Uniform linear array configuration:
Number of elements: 48
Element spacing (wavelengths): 0.25
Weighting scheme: blackman
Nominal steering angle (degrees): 15
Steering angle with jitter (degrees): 15.582
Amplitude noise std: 0.05
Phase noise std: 0.05

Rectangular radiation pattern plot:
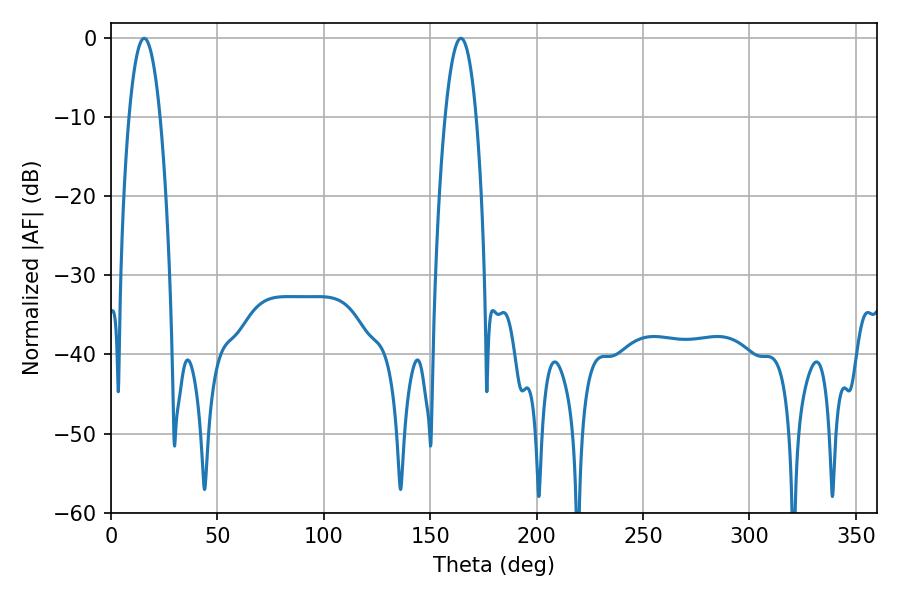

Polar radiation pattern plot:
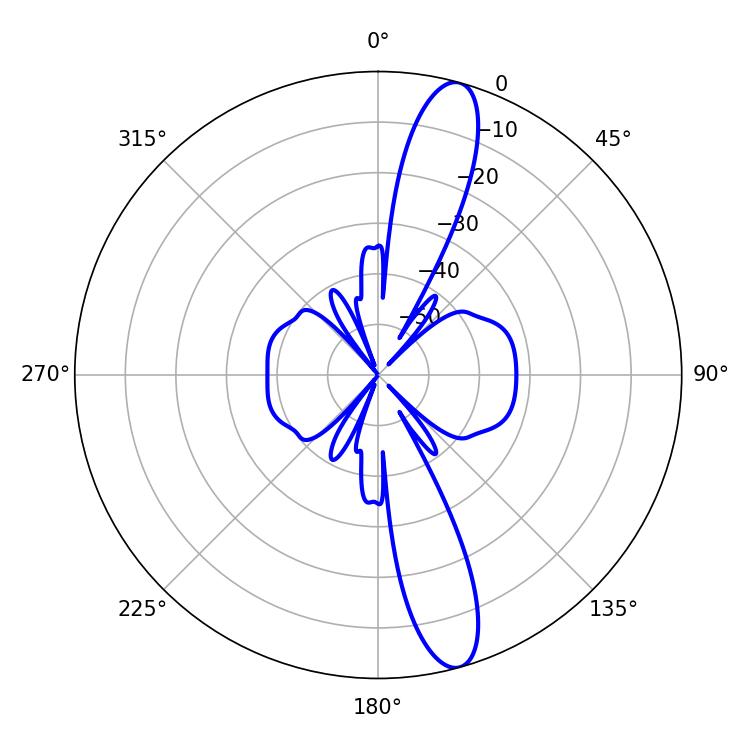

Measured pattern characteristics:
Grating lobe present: FALSE
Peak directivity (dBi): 13.88
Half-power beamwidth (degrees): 8.1
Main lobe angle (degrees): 15.66